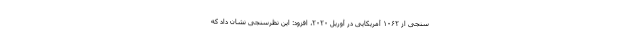
سنجی از ۱۰۶۲ آمریکایی در آوریل ۲۰۲۰، افزود: این نظرسنجی نشان داد که